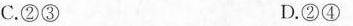
C.②③ D.②④